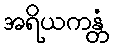
အရိယကန္တံ